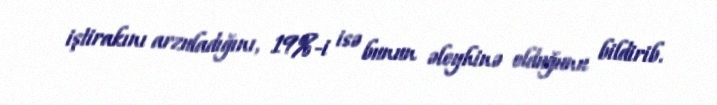
iştirakını arzuladığını, 19%-i isə bunun əleyhinə olduğunu bildirib.